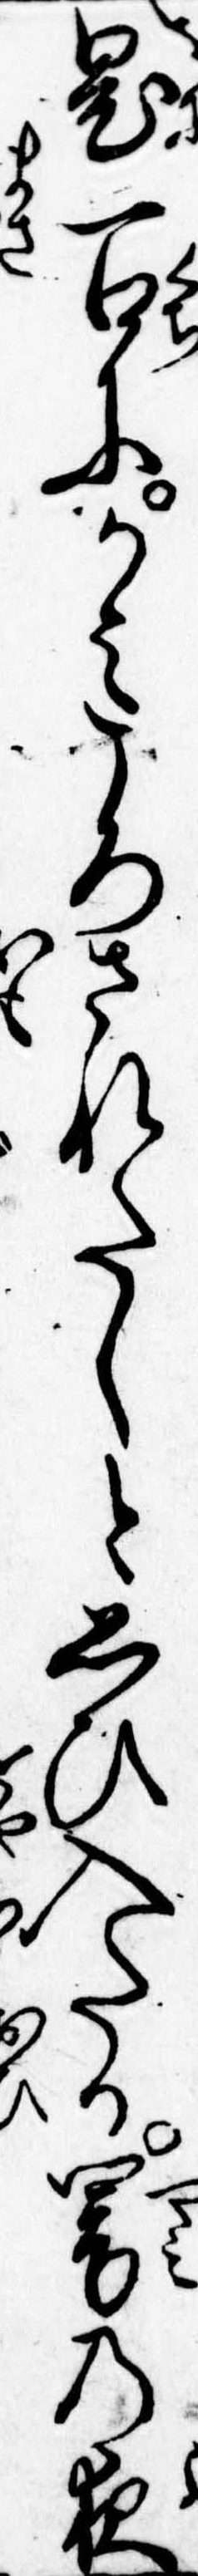
鬼一口にかみころされたしと思ひ入たる闇の夜